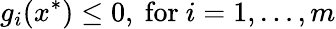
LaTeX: g_{i}(x^{*})\leq 0,{\mathrm{~for~}}i=1,\ldots,m